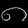
Digit: ၈